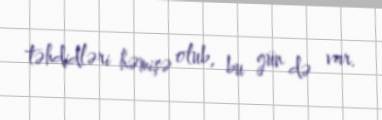
təhdidləri həmişə olub, bu gün də var.